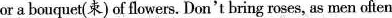
or a bouquet(束) of flowers. Don't bring roses, as men often